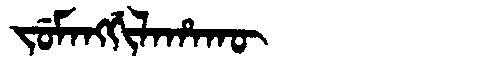
Manchu: ᠵᡠᠮᠠᠩᡤᡳᠯᠠᡥᠠᡴᡡ
Romanization: JUMANGGILAHAKŪ